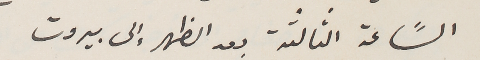
السًاعة الثالثة بعد الظهر إلى بيروت